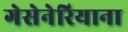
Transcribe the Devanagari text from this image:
गेसेनेरियाना